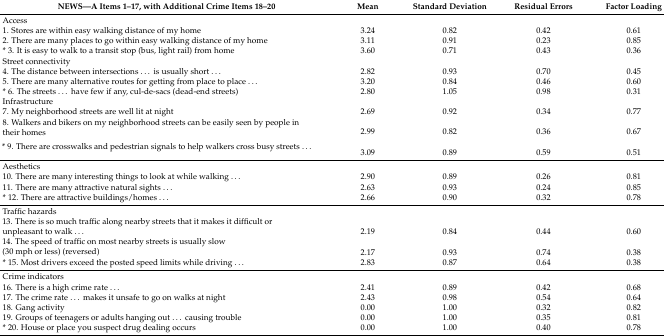
<table><thead><tr><td><b>NEWS—A Items 1–17, with Additional Crime Items 18–20</b></td><td><b>Mean</b></td><td><b>Standard Deviation</b></td><td><b>Residual Errors</b></td><td><b>Factor Loading</b></td></tr></thead><tbody><tr><td>Access</td><td>[EMPTY_CELL]</td><td>[EMPTY_CELL]</td><td>[EMPTY_CELL]</td><td>[EMPTY_CELL]</td></tr><tr><td>1. Stores are within easy walking distance of my home</td><td>3.24</td><td>0.82</td><td>0.42</td><td>0.61</td></tr><tr><td>2. There are many places to go within easy walking distance of my home</td><td>3.11</td><td>0.91</td><td>0.23</td><td>0.85</td></tr><tr><td>* 3. It is easy to walk to a transit stop (bus, light rail) from home</td><td>3.60</td><td>0.71</td><td>0.43</td><td>0.36</td></tr><tr><td>Street connectivity</td><td>[EMPTY_CELL]</td><td>[EMPTY_CELL]</td><td>[EMPTY_CELL]</td><td>[EMPTY_CELL]</td></tr><tr><td>4. The distance between intersections ...is usually short...</td><td>2.82</td><td>0.93</td><td>0.70</td><td>0.45</td></tr><tr><td>5. There are many alternative routes for getting from place to place...</td><td>3.20</td><td>0.84</td><td>0.46</td><td>0.60</td></tr><tr><td>* 6. The streets... have few if any, cul-de-sacs (dead-end streets)</td><td>2.80</td><td>1.05</td><td>0.98</td><td>0.31</td></tr><tr><td>Infrastructure</td><td>[EMPTY_CELL]</td><td>[EMPTY_CELL]</td><td>[EMPTY_CELL]</td><td>[EMPTY_CELL]</td></tr><tr><td>7. My neighborhood streets are well lit at night</td><td>2.69</td><td>0.92</td><td>0.34</td><td>0.77</td></tr><tr><td rowspan="2">8. Walkers and bikers on my neighborhood streets can be easily seen by people in their homes</td><td>[EMPTY_CELL]</td><td>[EMPTY_CELL]</td><td>[EMPTY_CELL]</td><td>[EMPTY_CELL]</td></tr><tr><td>2.99</td><td>0.82</td><td>0.36</td><td>0.67</td></tr><tr><td rowspan="2">* 9. There are crosswalks and pedestrian signals to help walkers cross busy streets...</td><td>[EMPTY_CELL]</td><td>[EMPTY_CELL]</td><td>[EMPTY_CELL]</td><td>[EMPTY_CELL]</td></tr><tr><td>3.09</td><td>0.89</td><td>0.59</td><td>0.51</td></tr><tr><td>Aesthetics</td><td>[EMPTY_CELL]</td><td>[EMPTY_CELL]</td><td>[EMPTY_CELL]</td><td>[EMPTY_CELL]</td></tr><tr><td>10. There are many interesting things to look at while walking...</td><td>2.90</td><td>0.89</td><td>0.26</td><td>0.81</td></tr><tr><td>11. There are many attractive natural sights...</td><td>2.63</td><td>0.93</td><td>0.24</td><td>0.85</td></tr><tr><td>* 12. There are attractive buildings/homes...</td><td>2.66</td><td>0.90</td><td>0.32</td><td>0.78</td></tr><tr><td>Traffic hazards</td><td>[EMPTY_CELL]</td><td>[EMPTY_CELL]</td><td>[EMPTY_CELL]</td><td>[EMPTY_CELL]</td></tr><tr><td rowspan="2">13. There is so much traffic along nearby streets that it makes it difficult or unpleasant to walk...</td><td>[EMPTY_CELL]</td><td>[EMPTY_CELL]</td><td>[EMPTY_CELL]</td><td>[EMPTY_CELL]</td></tr><tr><td>2.19</td><td>0.84</td><td>0.44</td><td>0.60</td></tr><tr><td rowspan="2">14. The speed of traffic on most nearby streets is usually slow (30 mph or less) (reversed)</td><td>[EMPTY_CELL]</td><td>[EMPTY_CELL]</td><td>[EMPTY_CELL]</td><td>[EMPTY_CELL]</td></tr><tr><td>2.17</td><td>0.93</td><td>0.74</td><td>0.38</td></tr><tr><td>* 15. Most drivers exceed the posted speed limits while driving...</td><td>2.83</td><td>0.87</td><td>0.64</td><td>0.38</td></tr><tr><td>Crime indicators</td><td>[EMPTY_CELL]</td><td>[EMPTY_CELL]</td><td>[EMPTY_CELL]</td><td>[EMPTY_CELL]</td></tr><tr><td>16. There is a high crime rate...</td><td>2.41</td><td>0.89</td><td>0.42</td><td>0.68</td></tr><tr><td>17. The crime rate...makes it unsafe to go on walks at night</td><td>2.43</td><td>0.98</td><td>0.54</td><td>0.64</td></tr><tr><td>18. Gang activity</td><td>0.00</td><td>1.00</td><td>0.32</td><td>0.82</td></tr><tr><td>19. Groups of teenagers or adults hanging out ... causing trouble</td><td>0.00</td><td>1.00</td><td>0.35</td><td>0.81</td></tr><tr><td>* 20. House or place you suspect drug dealing occurs</td><td>0.00</td><td>1.00</td><td>0.40</td><td>0.78</td></tr></tbody></table>